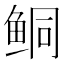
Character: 鲖